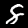
Digit: 8